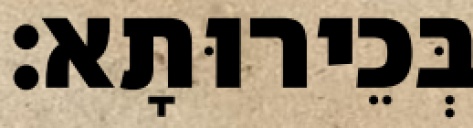
בְּכֵירוּתָא׃